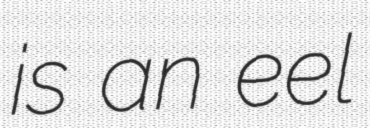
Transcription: is an eel